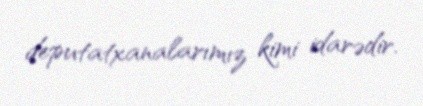
deputatxanalarımız kimi idarədir.